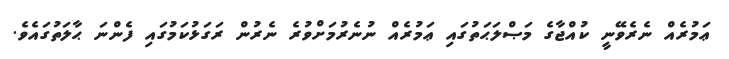
ޢަމުރެއް ނެރެވޭނީ ކުއްޖާގެ މަޞްލަޙަތުގައި ޢަމުރެއް ނުނެރުމަށްވުރެ ނެރުން ރަގަޅުކަމުގައި ފެންނަ ޙާލަތުގައެވެ.